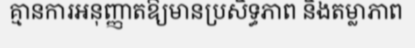
គ្មានការអនុញ្ញាតឱ្យមានប្រសិទ្ធភាព និងតម្លាភាព